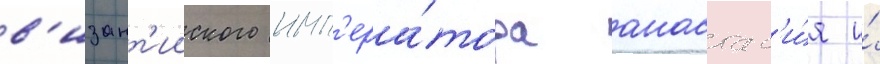
в'изант'ииского имп'ера́тора анастас'и́я и́